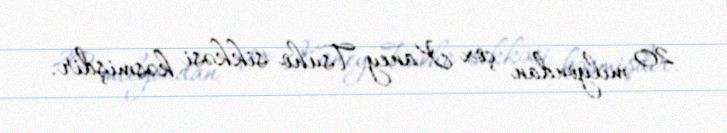
20 milyondan çox Kaney Tsuho sikkəsi kəsmişdir.